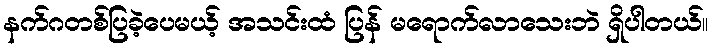
နက်ဂတစ်ပြခဲ့ပေမယ့် အသင်းထံ ပြန် မရောက်လာသေးဘဲ ရှိပါတယ်။